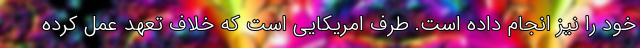
خود را نیز انجام داده است. طرف امریکایی است که خلاف تعهد عمل کرده